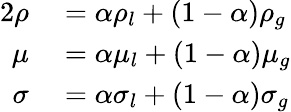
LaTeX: \begin{array}{rl}{{2}\rho}&{{}=\alpha\rho_{l}+(1-\alpha)\rho_{g}}\\ {\mu}&{{}=\alpha\mu_{l}+(1-\alpha)\mu_{g}}\\ {\sigma}&{{}=\alpha\sigma_{l}+(1-\alpha)\sigma_{g}}\end{array}